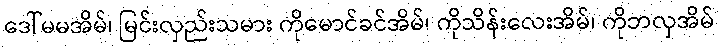
ဒေါ်မမအိမ်၊ မြင်းလှည်းသမား ကိုမောင်ခင်အိမ်၊ ကိုသိန်းလေးအိမ်၊ ကိုဘလှအိမ်